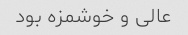
عالی و خوشمزه بود